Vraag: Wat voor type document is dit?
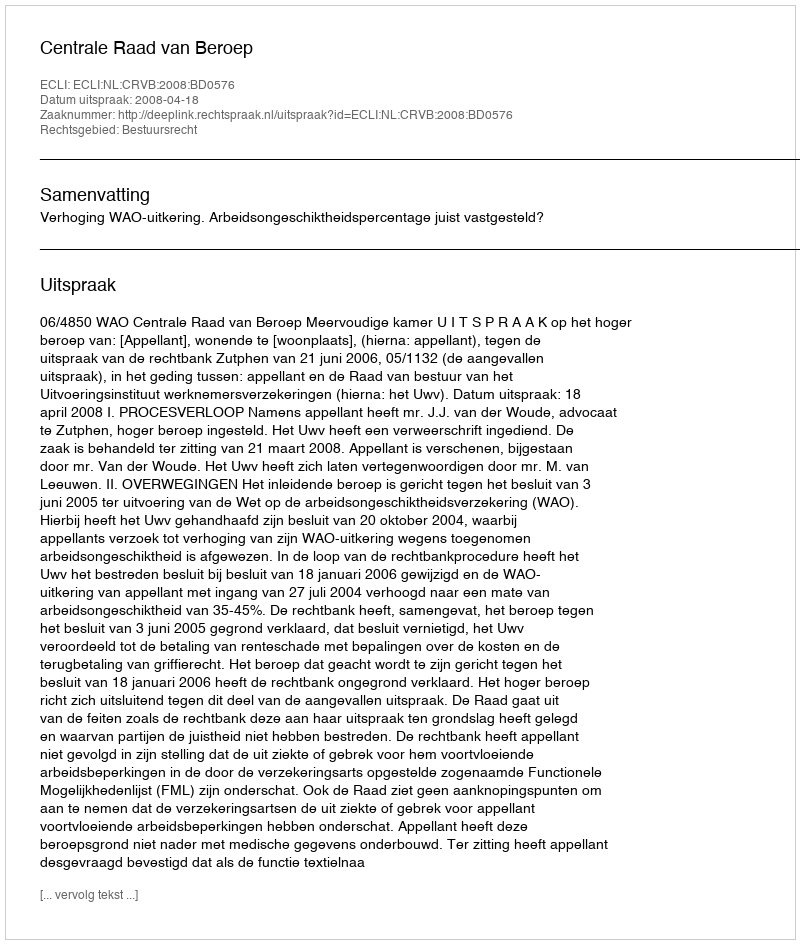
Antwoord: Uitspraak